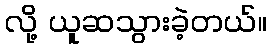
လို့ ယူဆသွားခဲ့တယ်။